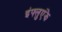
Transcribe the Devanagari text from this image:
इंफ्लुएंझे